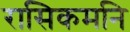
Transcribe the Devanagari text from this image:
रासिकमनि